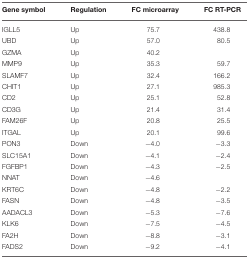
<table><thead><tr><td><b>Gene symbol</b></td><td><b>Regulation</b></td><td><b>FC microarray</b></td><td><b>FC RT-PCR</b></td></tr></thead><tbody><tr><td>IGLL5</td><td>Up</td><td>75.7</td><td>438.8</td></tr><tr><td>UBD</td><td>Up</td><td>57.0</td><td>80.5</td></tr><tr><td>GZMA</td><td>Up</td><td>40.2</td><td></td></tr><tr><td>MMP9</td><td>Up</td><td>35.3</td><td>59.7</td></tr><tr><td>SLAMF7</td><td>Up</td><td>32.4</td><td>166.2</td></tr><tr><td>CHIT1</td><td>Up</td><td>27.1</td><td>985.3</td></tr><tr><td>CD2</td><td>Up</td><td>25.1</td><td>52.8</td></tr><tr><td>CD3G</td><td>Up</td><td>21.4</td><td>31.4</td></tr><tr><td>FAM26F</td><td>Up</td><td>20.8</td><td>25.5</td></tr><tr><td>ITGAL</td><td>Up</td><td>20.1</td><td>99.6</td></tr><tr><td>PON3</td><td>Down</td><td>−4.0</td><td>−3.3</td></tr><tr><td>SLC15A1</td><td>Down</td><td>−4.1</td><td>−2.4</td></tr><tr><td>FGFBP1</td><td>Down</td><td>−4.3</td><td>−2.5</td></tr><tr><td>NNAT</td><td>Down</td><td>−4.6</td><td></td></tr><tr><td>KRT6C</td><td>Down</td><td>−4.8</td><td>−2.2</td></tr><tr><td>FASN</td><td>Down</td><td>−4.8</td><td>−3.5</td></tr><tr><td>AADACL3</td><td>Down</td><td>−5.3</td><td>−7.6</td></tr><tr><td>KLK6</td><td>Down</td><td>−7.5</td><td>−4.5</td></tr><tr><td>FA2H</td><td>Down</td><td>−8.8</td><td>−3.1</td></tr><tr><td>FADS2</td><td>Down</td><td>−9.2</td><td>−4.1</td></tr></tbody></table>